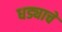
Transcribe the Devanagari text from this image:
धड्याचे